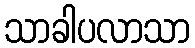
သာခါပလာသာ